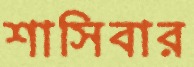
শাসিবার